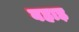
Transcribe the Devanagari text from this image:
बहाड़